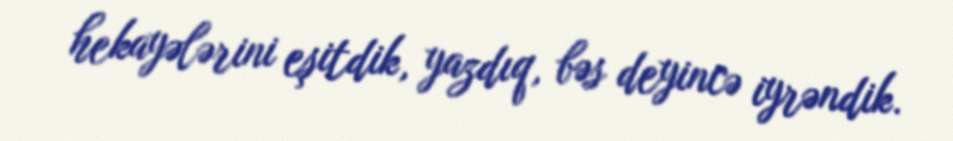
hekayələrini eşitdik, yazdıq, bəs deyincə iyrəndik.